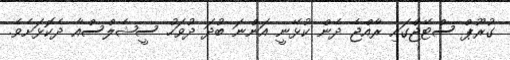
ގުރޫޕް ސްޓޭޖްގައި ރާއްޖެ ދެން ކުޅޭނީ އަންނަ ބުދަ ދުވަހު ސީޝެލްސްއާ ދެކޮޅަށެވެ.